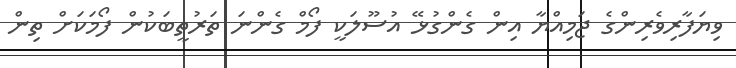
ވިޔަފާރިވެރިންގެ ޖަމިއްޔާ އިން ގެންގުޅޭ އުސޫލަކީ ފޯމް ގެންނަ ތަރުތީބަކުން ފޯމަކަށް ތިން